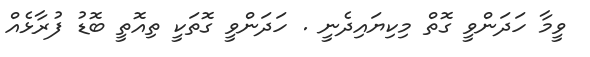
ވީމާ ހަދަންވީ ގޮތް މިކިޔައިދެނީ . ހަދަންވީ ގޮތަކީ ތިއޮތީ ބޮޑު ފުރާޅެއް